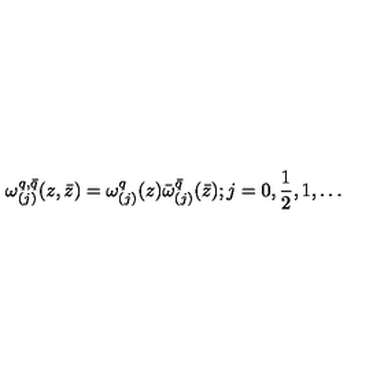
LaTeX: \omega _ { ( j ) } ^ { q , \bar { q } } ( z , \bar { z } ) = \omega _ { ( j ) } ^ { q } ( z ) \bar { \omega } _ { ( j ) } ^ { \bar { q } } ( \bar { z } ) ; j = 0 , \frac { 1 } { 2 } , 1 , \ldots